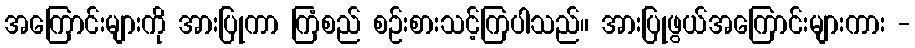
အကြောင်းများကို အားပြုကာ ကြံစည် စဉ်းစားသင့်ကြပါသည်။ အားပြုဖွယ်အကြောင်းများကား -